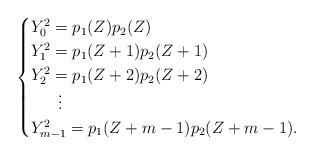
LaTeX: \begin{align*}\begin{cases}Y_0^2=p_1(Z)p_2(Z) \\Y_1^2=p_1(Z+1)p_2(Z+1) \\Y_2^2=p_1(Z+2)p_2(Z+2) \\\ \ \ \ \ \vdots & \\Y_{m-1}^2=p_1(Z+m-1)p_2(Z+m-1). \end{cases}\end{align*}